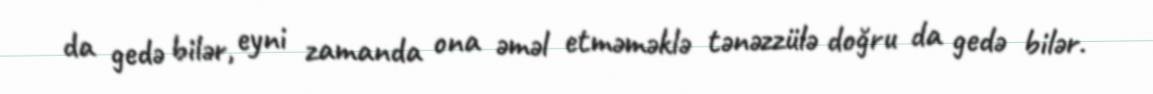
da gedə bilər, eyni zamanda ona əməl etməməklə tənəzzülə doğru da gedə bilər.